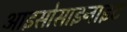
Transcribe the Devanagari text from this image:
आइसोसाइनाइट